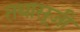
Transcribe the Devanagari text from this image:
तथासूजी